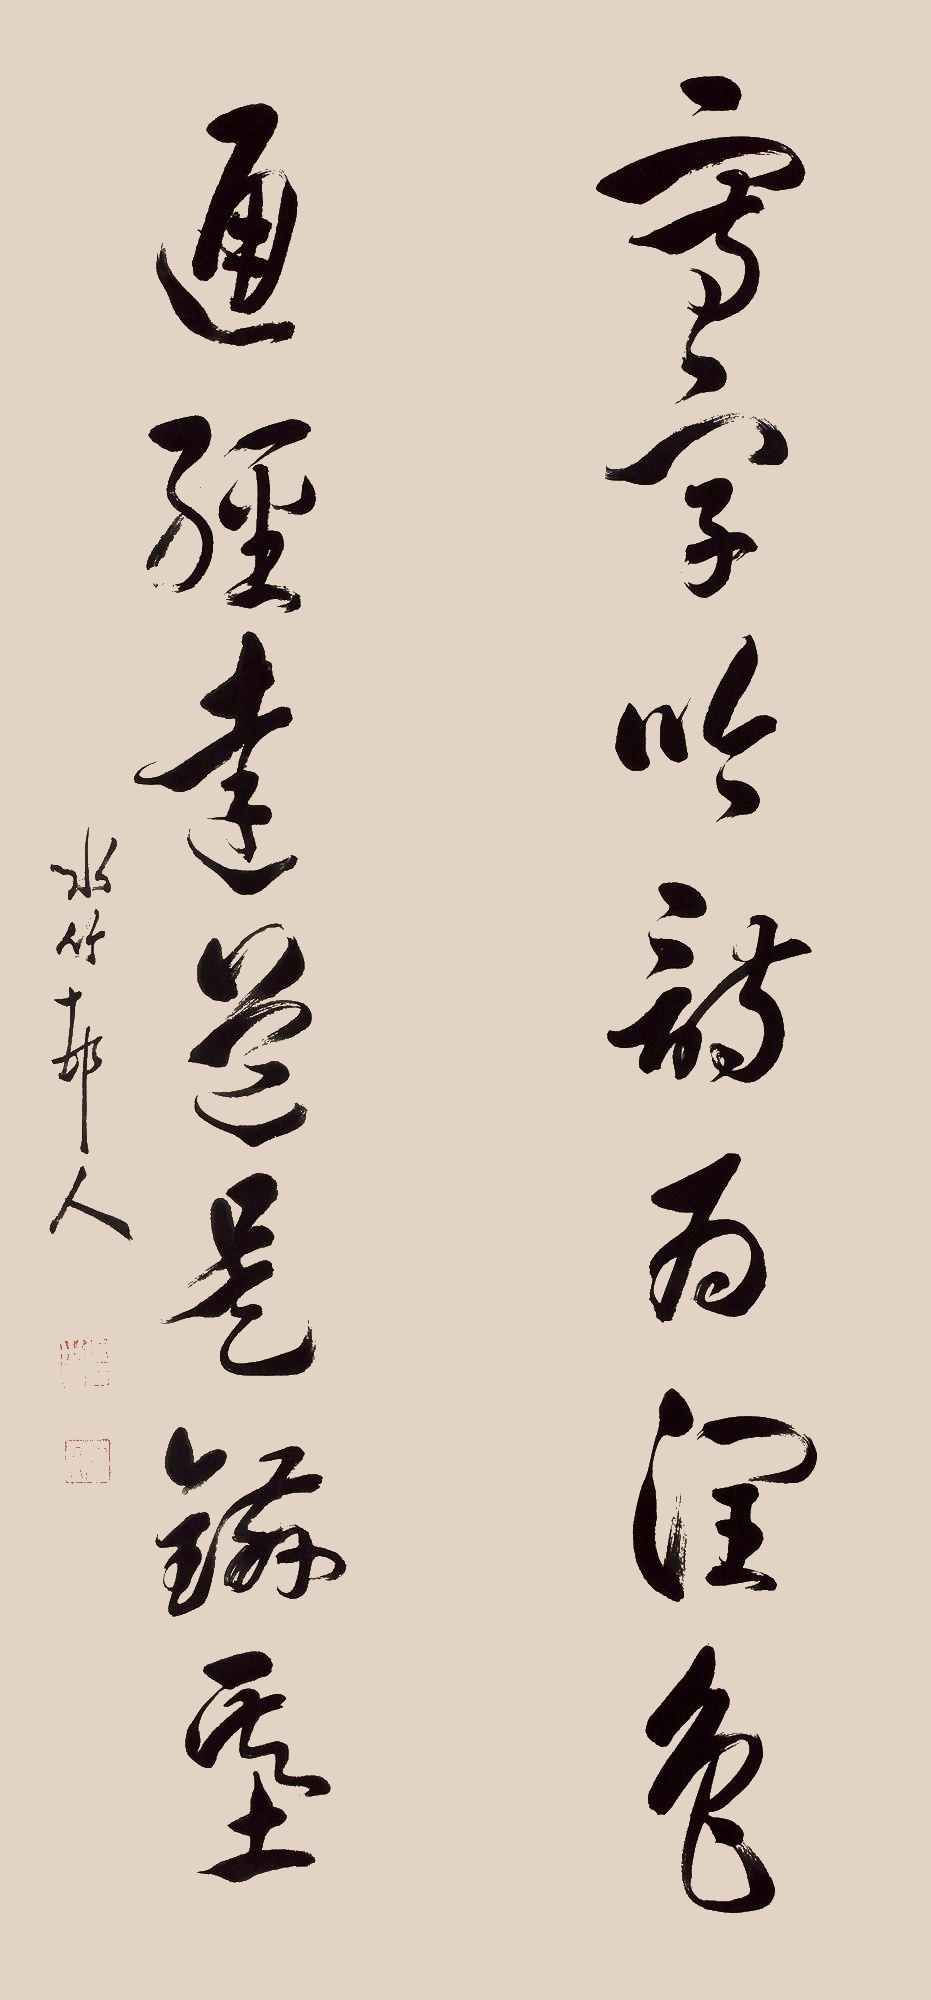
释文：写字吟诗为润色，通经达道是镃基。水村竹人。